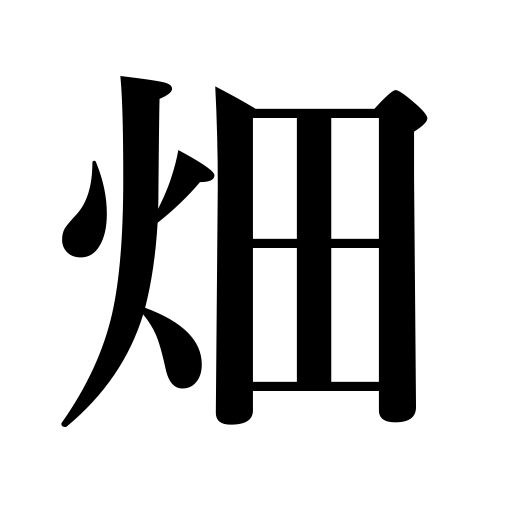
Meanings: plantation,garden,one's specialty,field,farm